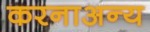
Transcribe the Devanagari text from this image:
करनाअन्य